Indian journal of veterinary science and animal husbandry - Volumes 28-29, 1958-1959
Year: 1958
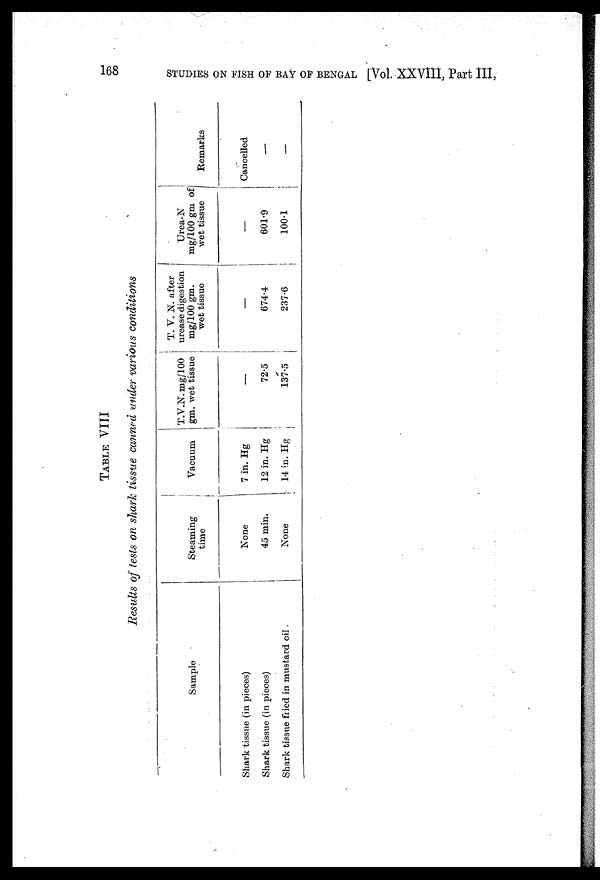
168
STUDIES ON FISH OF BAY OF BENGAL [Vol. XXVIII, Part III,
TABLE VIII
Results of tests on shark tissue canned under various conditions
Sample
Shark tissue (in pieces)
Shark tissue (in pieces)
Shark tissue fried in mustard oil
Steaming
time
None
45 min.
None
Vacuum
7 in. Hg
12 in. Hg
14 in. Hg
T.V.N. mg/100
gm. wet tissue
—
72.5
137.5
T. V. N. after
urease digestion
mg/100 gm.
wet tissue
—
674.4
237.6
Urea-N
mg/100 gm of
wet tissue
—
601.9
100.1
Remarks
Cancelled
—
—